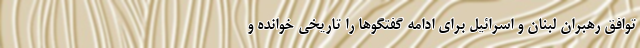
توافق رهبران لبنان و اسرائیل برای ادامه گفتگوها را تاریخی خوانده و